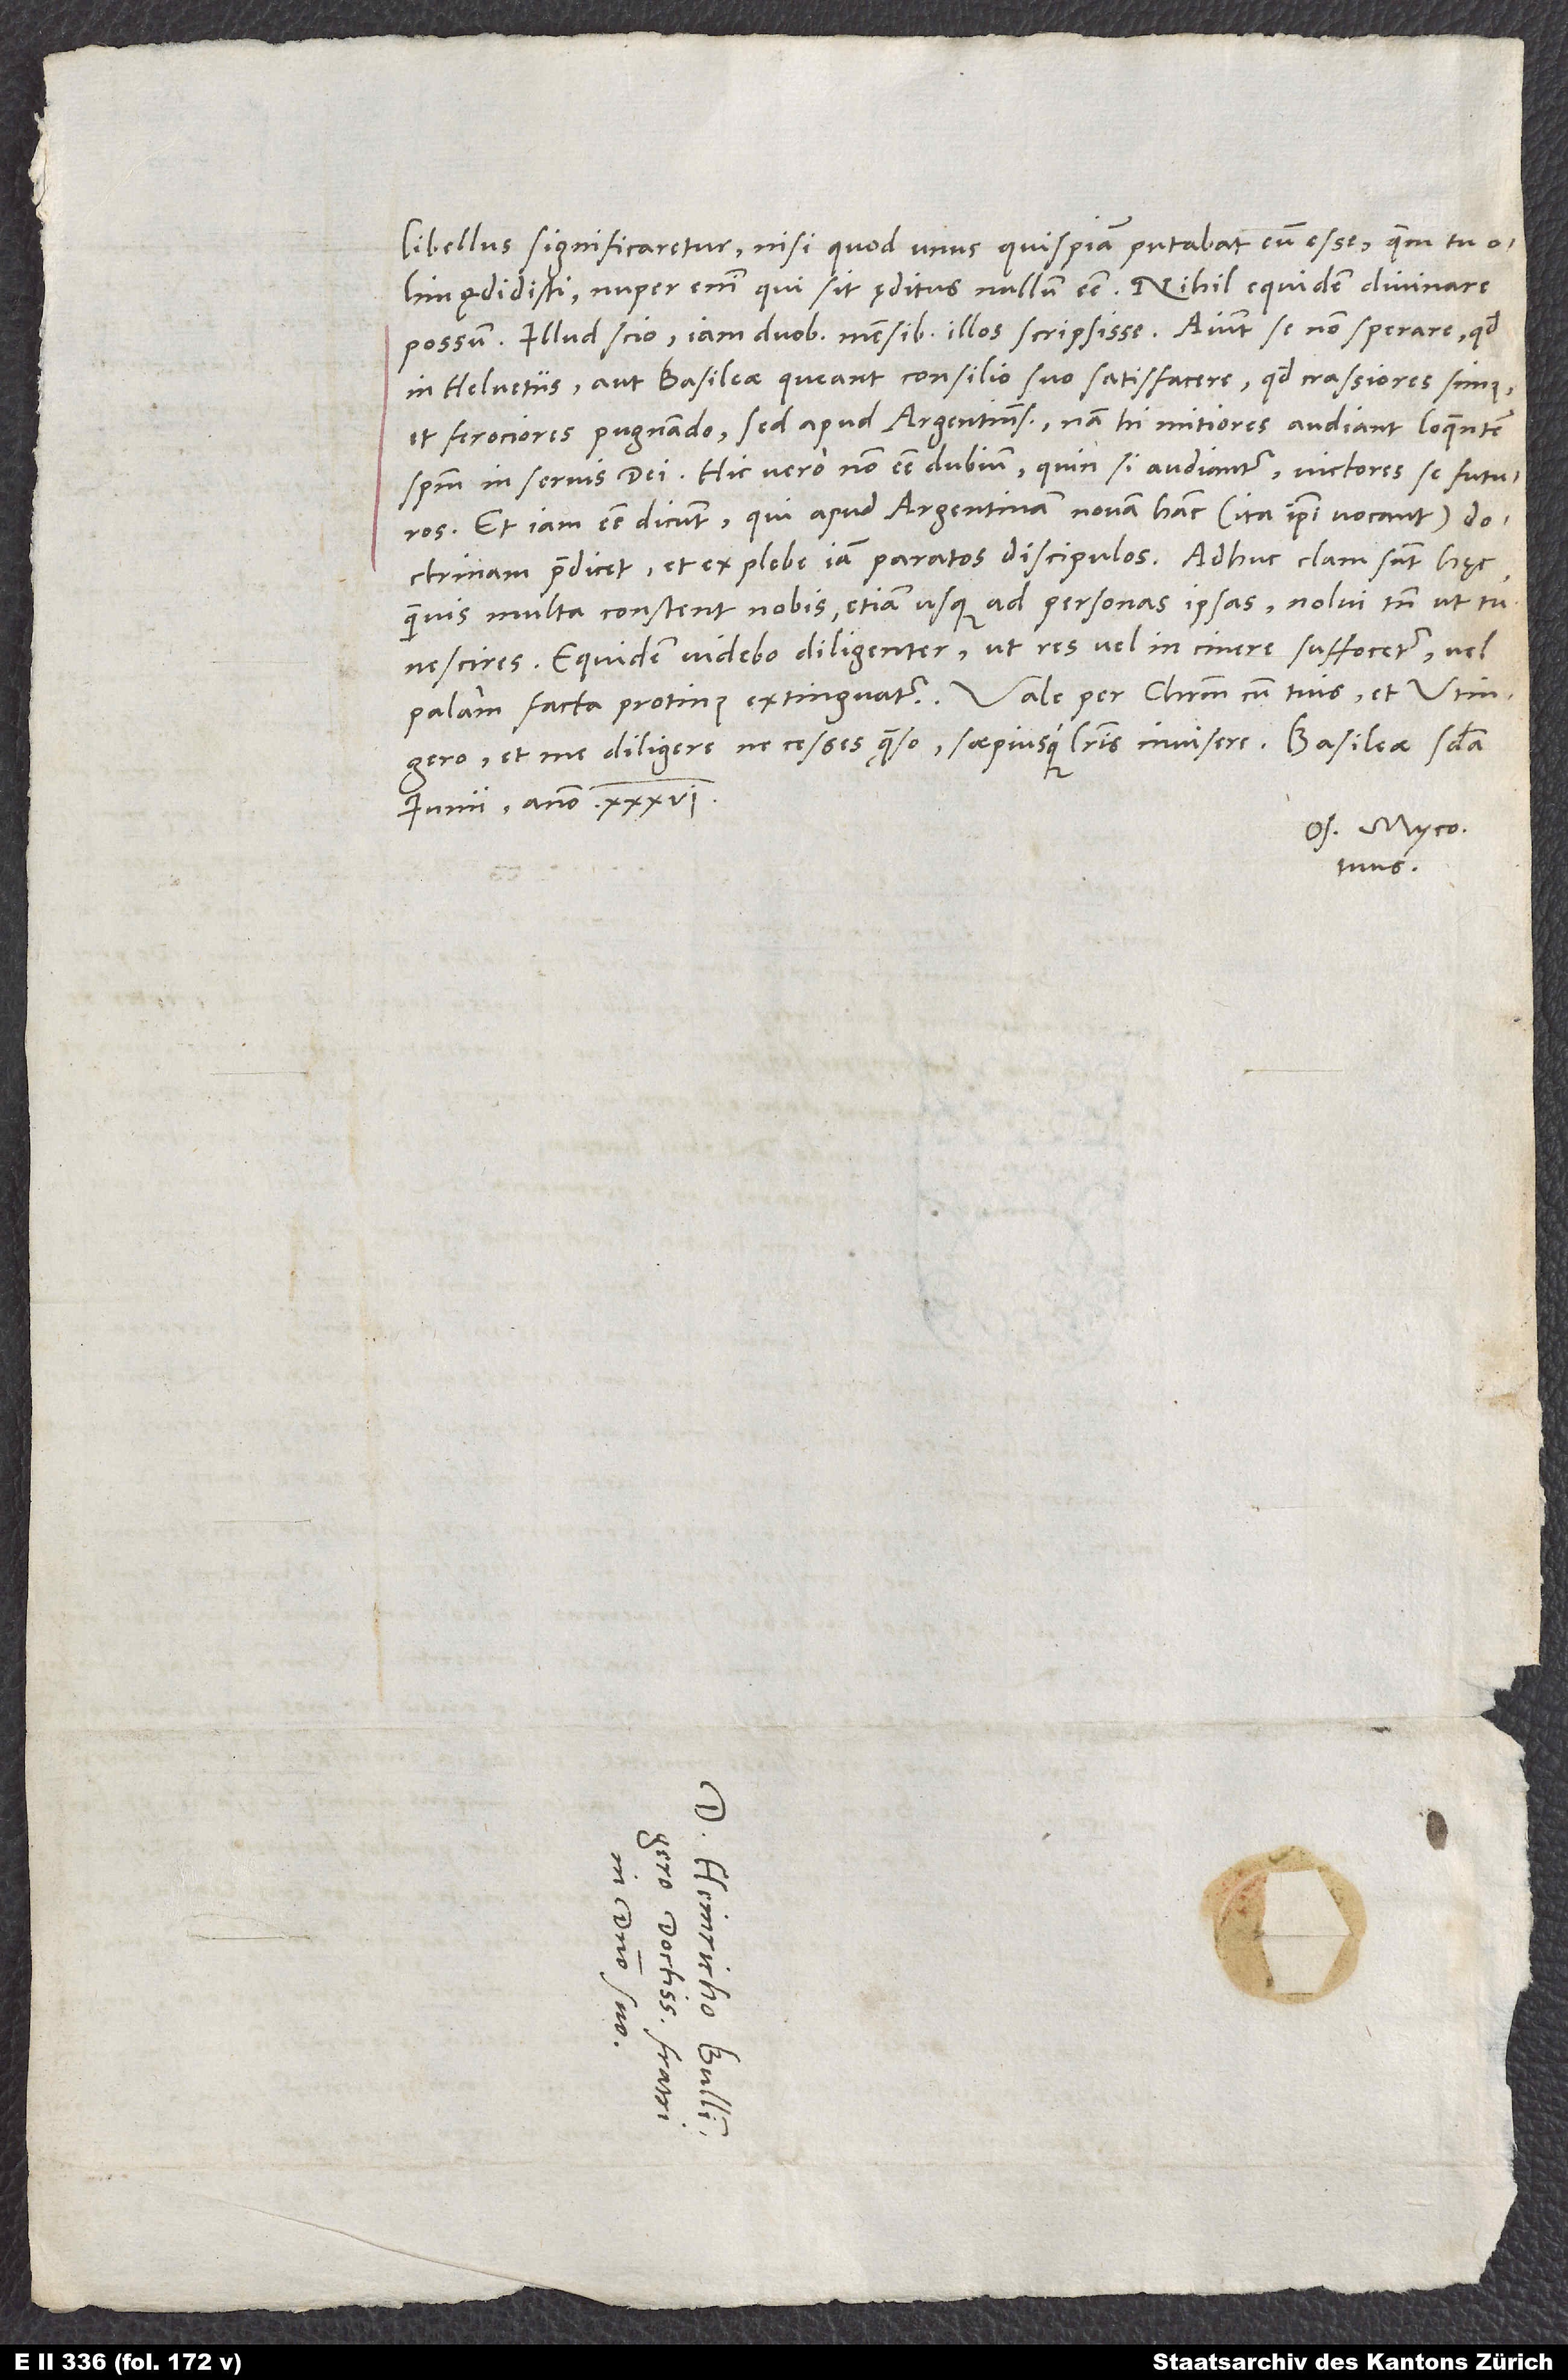
libellus significaretur, nisi quod unus quispiam putebat eum esse, quem tu olim
ędidisti; nuper enim, qui sit ęditus, nullum esse. Nihil equidem divinare
possum. Illud scio, iam duobus mensibus illos scripsisse. Aiunt se non sperare, quod
in Helvetiis aut Basileae queant consilio suo satisfacere, quod crassiores simus
et ferociores pugnando, sed apud Argentinenses; nam hi mitiores audiant loquentem
spiritum in servis dei. Hic vero non esse dubium, quin, si audiantur, victores se futuros.
Etiam esse dicunt, qui apud Argentinam novam hanc (ita ipsi vocant)
doctrinam praedicet, et ex plebe iam paratos discipulos. Adhuc clam sunt hęc,
quamvis multa constent nobis, etiam usque ad personas ipsas; nolui tamen, ut tu
nescires. Equidem videbo diligenter, ut res vel in cinere suffocetur vel
et me diligere ne cesses, quaeso, saepiusque literis invisere.
junii anno 36.
Os. Myco.
tuus.
S.